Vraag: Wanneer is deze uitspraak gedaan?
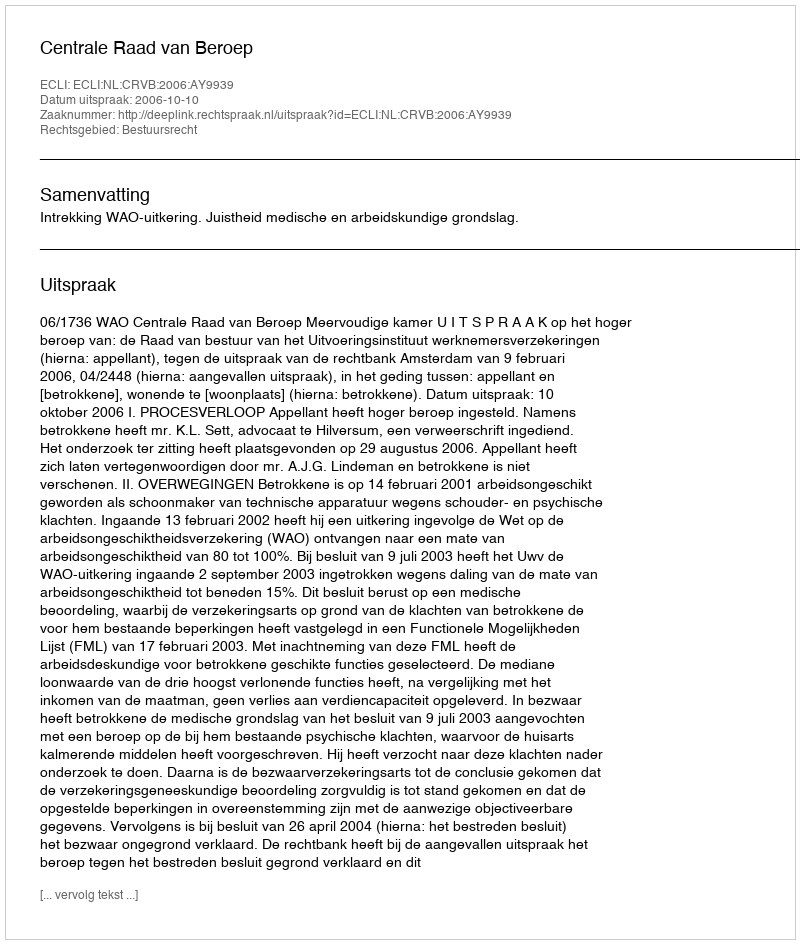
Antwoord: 2006-10-10